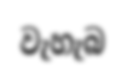
වැහැබ